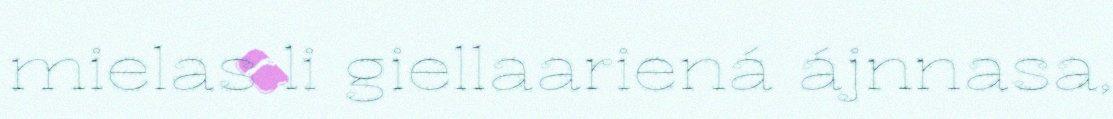
mielas li giellaariená ájnnasa,